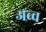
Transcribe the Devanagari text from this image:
अच्च